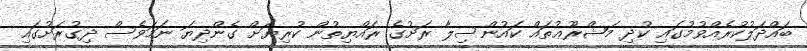
ބައްދަލުކުރެއްވުމުގައި ކުދި މަޝްރޫޢުތައް ކައުންސިލާ ރަށުގެ ރައްޔިތުން ކުރިޔަށް ގެންދިޔަ ނަމަވެސް ދިގުރަށުގައި